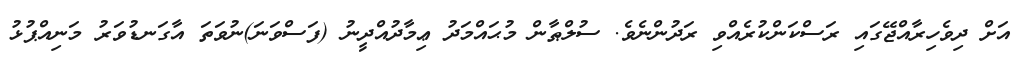
އަށް ދިވެހިރާއްޖޭގައި ރަސްކަންކުރެއްވި ރަދުންނެވެ. ސުލްޠާން މުޙައްމަދު ޢިމާދުއްދީނު (ފަސްވަނަ)ނުވަތަ އާގަނޑުވަރު މަނިއްޕުޅު